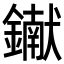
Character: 𨭹